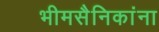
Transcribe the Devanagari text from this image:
भीमसैनिकांना